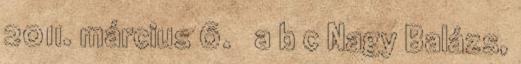
2011. március 6. ↑ a b c Nagy Balázs,